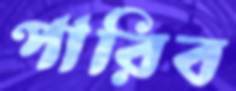
পারিব